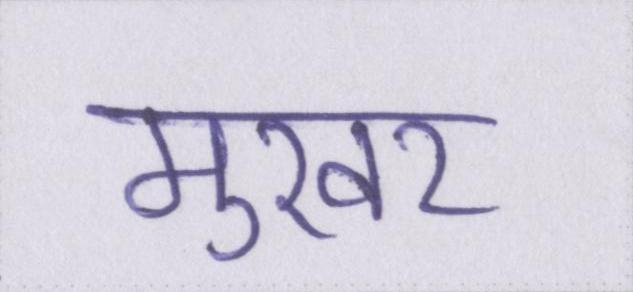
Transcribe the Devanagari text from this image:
मुखर